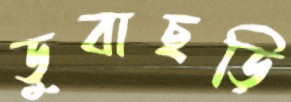
ডুবাছড়ি